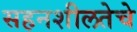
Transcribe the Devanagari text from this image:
सहनशीलतेचे